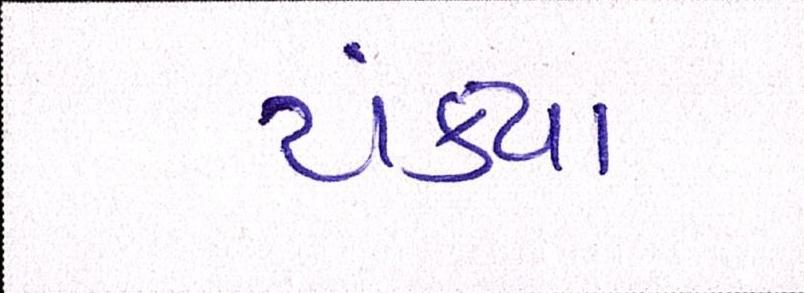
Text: ટાંક્યા